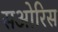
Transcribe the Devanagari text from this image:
सओरिस